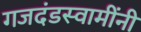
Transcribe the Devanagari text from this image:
गजदंडस्वामींनी